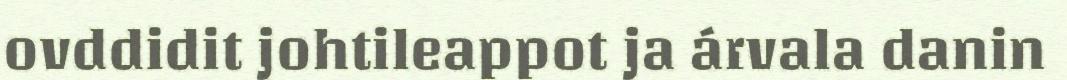
ovddidit johtileappot ja árvala danin